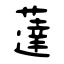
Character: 薘